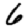
Digit: 6